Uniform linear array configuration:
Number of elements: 24
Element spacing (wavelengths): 0.75
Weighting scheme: kaiser
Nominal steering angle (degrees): -45
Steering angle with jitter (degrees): -46.17
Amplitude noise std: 0.05
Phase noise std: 0.05

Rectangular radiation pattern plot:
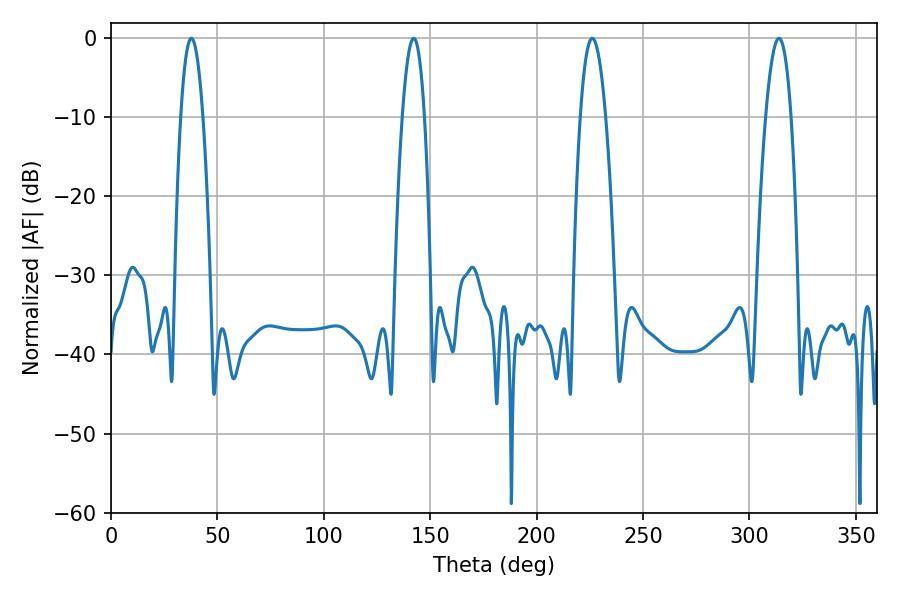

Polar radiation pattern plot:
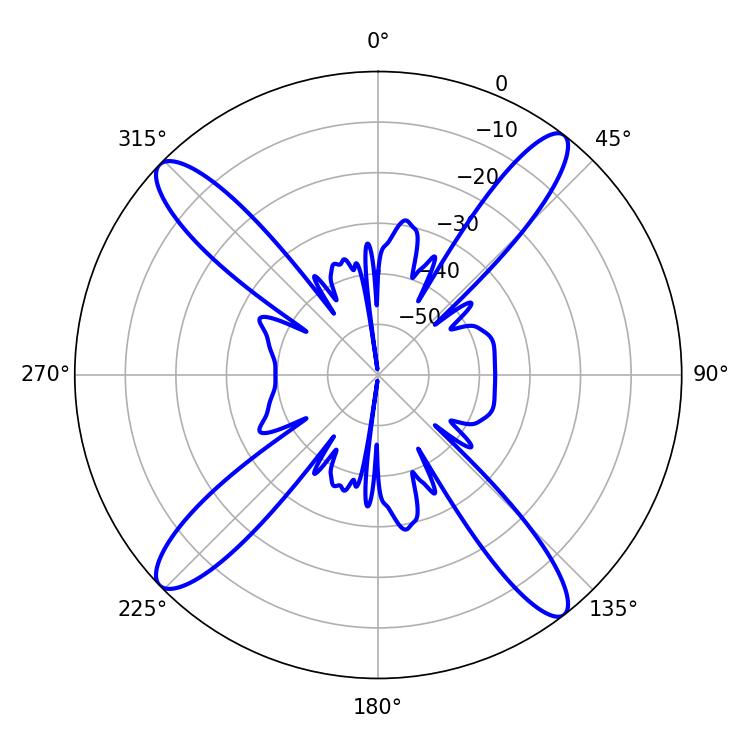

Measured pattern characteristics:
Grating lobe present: TRUE
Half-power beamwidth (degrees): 5.76
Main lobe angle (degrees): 37.8